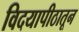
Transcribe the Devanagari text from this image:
विदयापीठातून